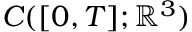
C ( [ 0 , T ] ; \mathbb { R } ^ { 3 } )